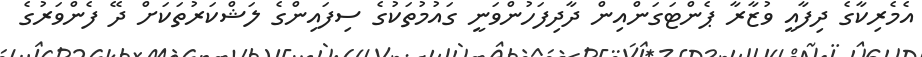
އެމެރިކާގެ ދިފާއީ ވުޒާރާ ޕެންޓަގަންއިން ދާދިފަހުންވަނީ ގައުމުތަކުގެ ސިފައިންގެ ލަޝްކަރުތަކަށް ދޭ ފެންވަރުގެ